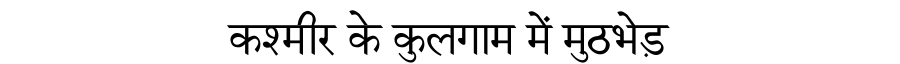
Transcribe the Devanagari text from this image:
कश्मीर के कुलगाम में मुठभेड़